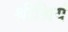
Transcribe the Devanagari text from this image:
श्रीश्रियं